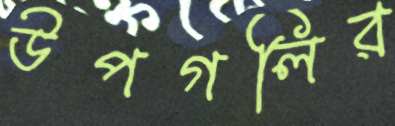
উপগলির